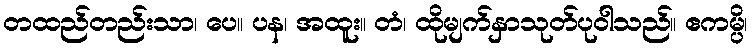
တထည်တည်းသာ၊ ပေ။ ပန၊ အထူး။ တံ၊ ထိုမျက်နှာသုတ်ပုဝါသည်။ ဧကမ္ပိ၊